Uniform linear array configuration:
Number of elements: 4
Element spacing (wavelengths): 0.25
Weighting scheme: blackman
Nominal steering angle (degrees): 15
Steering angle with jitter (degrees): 14.294
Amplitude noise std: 0.05
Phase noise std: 0.05

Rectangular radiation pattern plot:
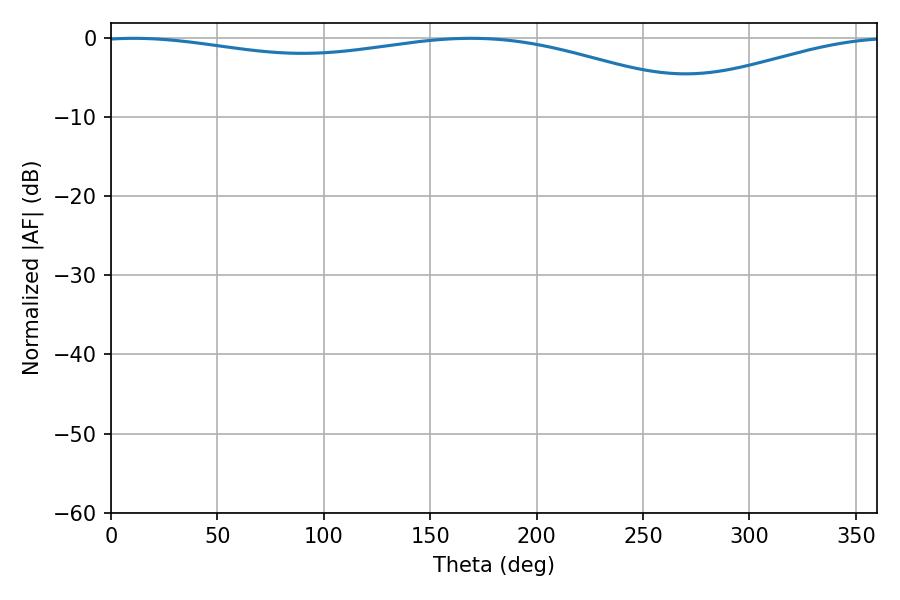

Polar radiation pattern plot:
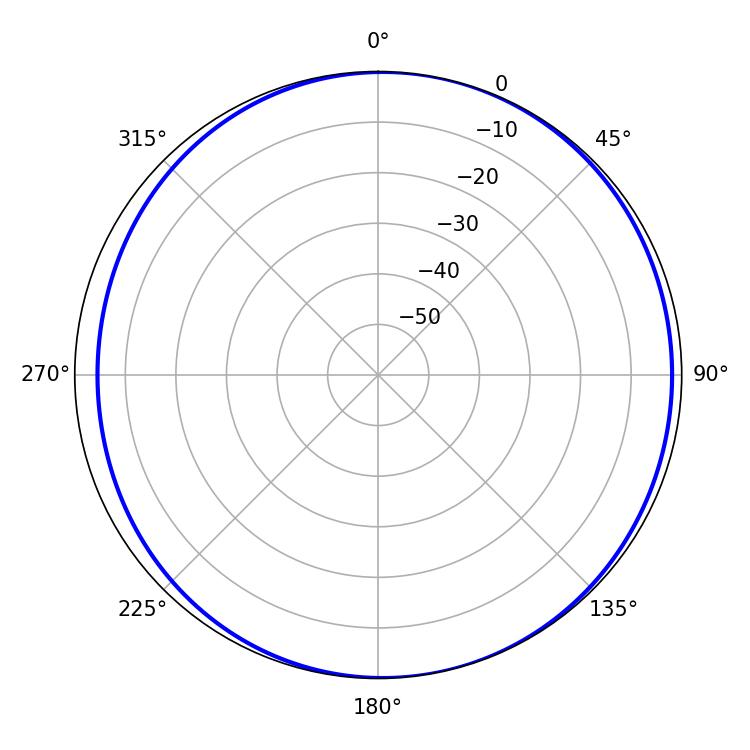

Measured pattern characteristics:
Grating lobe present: FALSE
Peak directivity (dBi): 5.879
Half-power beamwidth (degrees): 234.36
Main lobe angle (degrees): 10.8